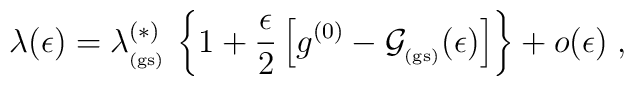
\lambda (\epsilon)=\lambda^{(\ast)}_{_{\rm (gs)}} \,\left\{1+ \frac{\epsilon}{2} \left[ g^{(0)}- {\mathcal G}_{_{\rm (gs)}} (\epsilon)\right]\right\}+o(\epsilon)\;  ,